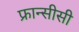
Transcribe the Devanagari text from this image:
फ्रान्सीसी